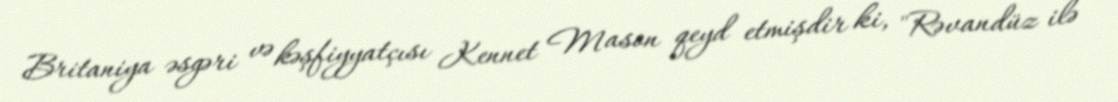
Britaniya əsgəri və kəşfiyyatçısı Kennet Mason qeyd etmişdir ki, "Rəvandüz ilə